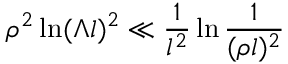
\rho ^ { 2 } \ln ( \Lambda l ) ^ { 2 } \ll \frac { 1 } { l ^ { 2 } } \ln \frac { 1 } { ( \rho l ) ^ { 2 } }